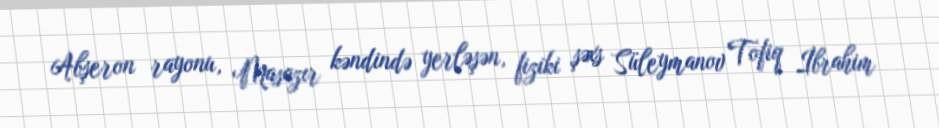
Abşeron rayonu, Masazır kəndində yerləşən, fiziki şəxs Süleymanov Tofiq İbrahim